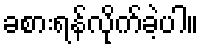
ခစားရန်လိုက်ခဲ့ပါ။